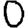
Digit: 0